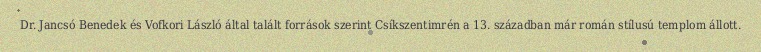
Dr. Jancsó Benedek és Vofkori László által talált források szerint Csíkszentimrén a 13. században már román stílusú templom állott.